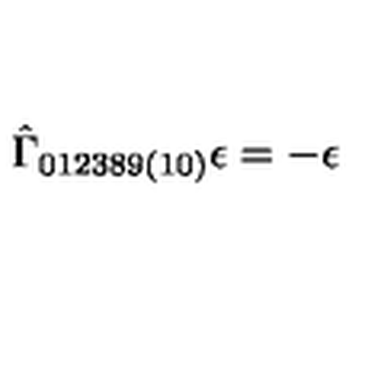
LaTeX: \hat { \Gamma } _ { 0 1 2 3 8 9 ( 1 0 ) } \epsilon = - \epsilon